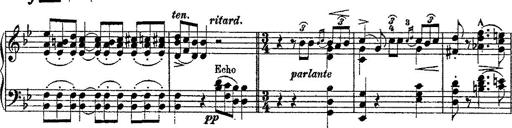
Title: Fantaisie romantique sur deux mÃ©lodies suisses
Composer: Franz Liszt